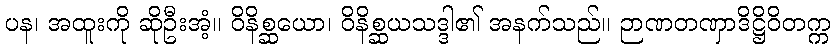
ပန၊ အထူးကို ဆိုဦးအံ့။ ဝိနိစ္ဆယော၊ ဝိနိစ္ဆယသဒ္ဒါ၏ အနက်သည်။ ဉာဏတဏှာဒိဋ္ဌိဝိတက္က